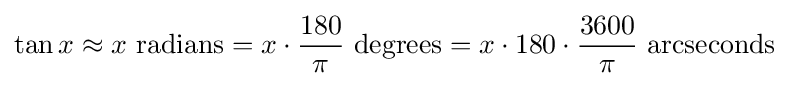
\tan x\approx x{\text{ radians}}=x\cdot {\frac {180}{\pi }}{\text{ degrees}}=x\cdot 180\cdot {\frac {3600}{\pi }}{\text{ arcseconds}}